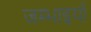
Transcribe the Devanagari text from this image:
जम्भाइयाँ